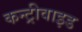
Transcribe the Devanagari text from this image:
कन्ट्रीवाइड